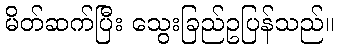
မိတ်ဆက်ပြီး သွေးခြည်ဥပြန်သည်။